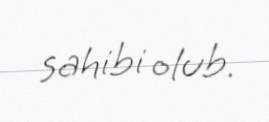
sahibi olub.